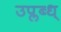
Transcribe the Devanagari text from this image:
उप्लब्ध्